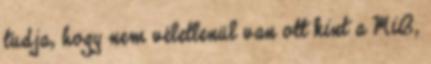
tudja, hogy nem véletlenül van ott kint a MiB,